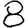
Digit: 8